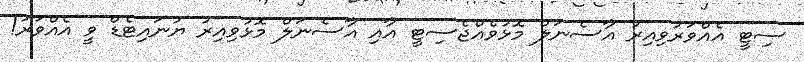
ސިޓީ އެއްވަރުވިއިރު އާސެނަލް މޮޅުވެއްޖެސިޓީ އާއި އާސެނަލް މޮޅުވިއިރު ޔުނައިޓެޑް ވީ އެއްވަރު!